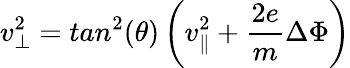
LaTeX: v_{\perp}^{2}=tan^{2}(\theta)\left(v_{\parallel}^{2}+\frac{2e}{m}\Delta\Phi\right)